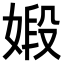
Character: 𪦋